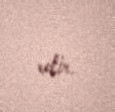
edir.